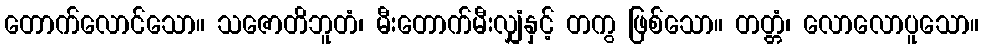
တောက်လောင်သော။ သဇောတိဘူတံ၊ မီးတောက်မီးလျှံနှင့် တကွ ဖြစ်သော။ တတ္တံ၊ လောလောပူသော။